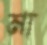
মা